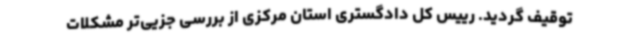
توقیف گردید. رییس کل دادگستری استان مرکزی از بررسی جزیی‌تر مشکلات